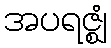
အပရဇ္ဈံ